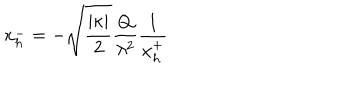
LaTeX: x _ { h } ^ { - } = - \sqrt { \frac { | \kappa | } { 2 } } \frac { Q } { \lambda ^ { 2 } } \frac { 1 } { x _ { h } ^ { + } }